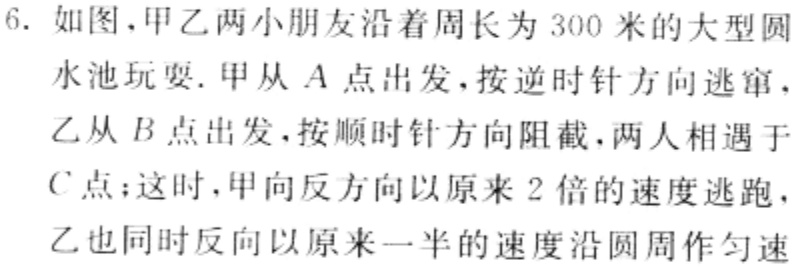
6. 如图，甲乙两小朋友沿着周长为 300 米的大型圆
水池玩耍. 甲从 \(A\) 点出发，按逆时针方向逃窜，
乙从 \(B\) 点出发，按顺时针方向阻截，两人相遇于
\(C\) 点；这时，甲向反方向以原来 2 倍的速度逃跑，
乙也同时反向以原来一半的速度沿圆周作匀速